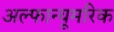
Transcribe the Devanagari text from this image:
अल्फान्यूमरिक